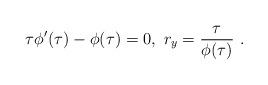
LaTeX: \begin{align*}\tau \phi'(\tau) - \phi(\tau) = 0,~r_{y} = \frac {\tau} {\phi(\tau)}~.\end{align*}